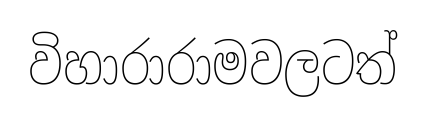
විහාරාරාමවලටත්